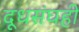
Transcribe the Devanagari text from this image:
दूधसंघही